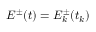
E ^ { \pm } ( t ) = E _ { k } ^ { \pm } ( t _ { k } )